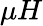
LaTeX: \mu H